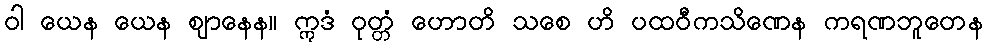
ဝါ ယေန ယေန ဈာနေန။ ဣဒံ ဝုတ္တံ ဟောတိ သစေ ဟိ ပထဝီကသိဏေန ကရဏဘူတေန